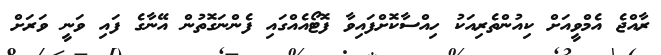
ރާއްޖެ އެމްވީއަށް ކިއުންތެރިއަކު ހިއްސާކޮށްފައިވާ ފޮޓޯއެއްގައި ފެންނަގޮތުން އޭނާގެ ފައި ވަނީ ވަރަށް